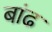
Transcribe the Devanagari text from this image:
बांढ